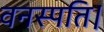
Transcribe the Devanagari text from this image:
वनस्पति।